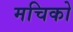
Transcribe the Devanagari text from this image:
मचिको